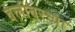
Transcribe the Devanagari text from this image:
वेलीवरच्या